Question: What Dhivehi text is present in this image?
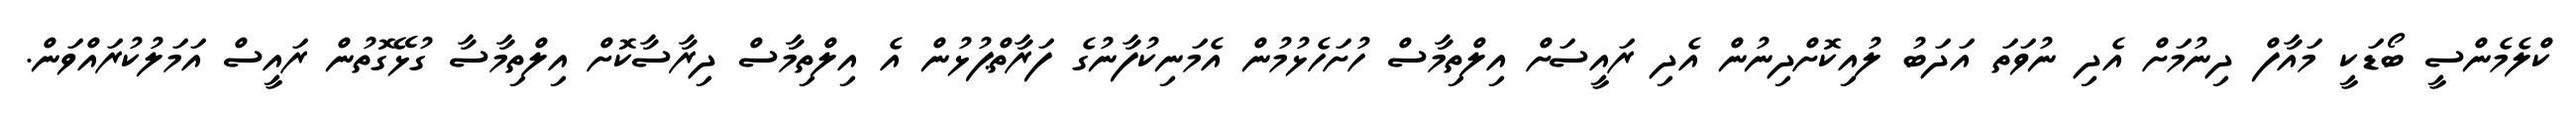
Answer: ކްލެމެންސީ ބޯޑަކީ މައާފް ދިނުމަށް އެދި ނުވަތަ އަދަބު ލުއިކޮށްދިނުން އެދި ރައީސަށް އިލްތިމާސް ހުށަހެޅުމުން އެމަނިކުފާނުގެ ފަރާތްޕުޅުން އެ އިލްތިމާސް ދިރާސާކޮށް އިލްތިމާސާ ގުޅޭގޮތުން ރައީސް އަމަލުކުރައްވަން.